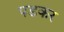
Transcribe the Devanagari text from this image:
पडकर